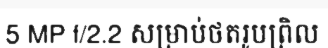
5 MP f/2.2 សម្រាប់ថតរូបព្រិល